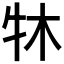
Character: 𤘬